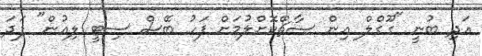
އަދި ބުނީ "ގޫގްލް އިން ސާޗްކޮށްލުމަށް ފަހު ބޭސް ސިޓީ ލިއުން" ފަދަ